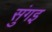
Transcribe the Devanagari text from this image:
सुंगइ